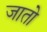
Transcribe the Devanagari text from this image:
जाताे